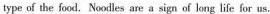
type of the food. Noodles are a sign of long life for us.